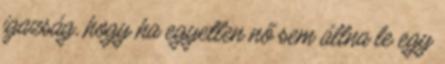
igazság, hogy ha egyetlen nő sem állna le egy